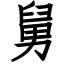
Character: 舅